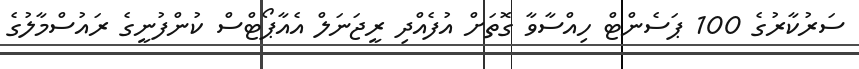
ސަރުކާރުގެ 100 ޕަސެންޓް ހިއްސާވާ ގޮތަށް އުފެއްދި ރީޖަނަލް އެއާޕޯޓްސް ކުންފުނީގެ ރައުސްމާލުގެ